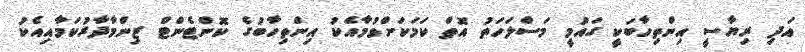
އަދި ރިޔާސީ އިންތިހާބަކީ ގައުމީ މަސްލަހަތު އޮތް ކަމަކަށްވުމާއެކު އިންތިހާބުގެ ކޮންޓެންޓް ޒިންމާދާރުކަމާއިއެކު